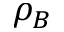
\rho _ { B }